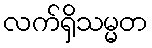
လက်ရှိသမ္မတ